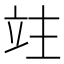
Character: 𥩣